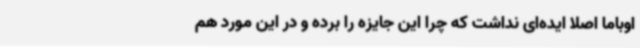
اوباما اصلا ایده‌ای نداشت که چرا این جایزه را برده و در این مورد هم